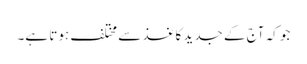
جو کہ آج کے جدید کاغذ سے مختلف ہوتا ہے۔